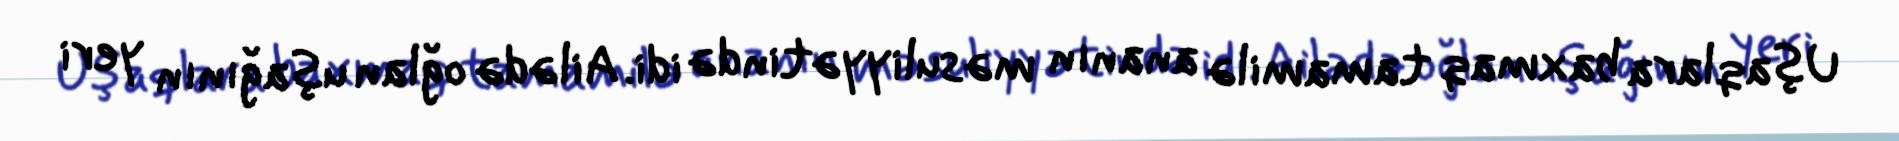
Uşaqlara baxmaq tamamilə ananın məsuliyyətində idi. Ailədə oğlan uşağının yeri